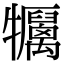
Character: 𤜏